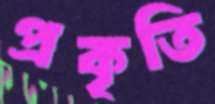
প্রকৃতি